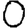
Digit: 0